Riigikantselei, lk 6
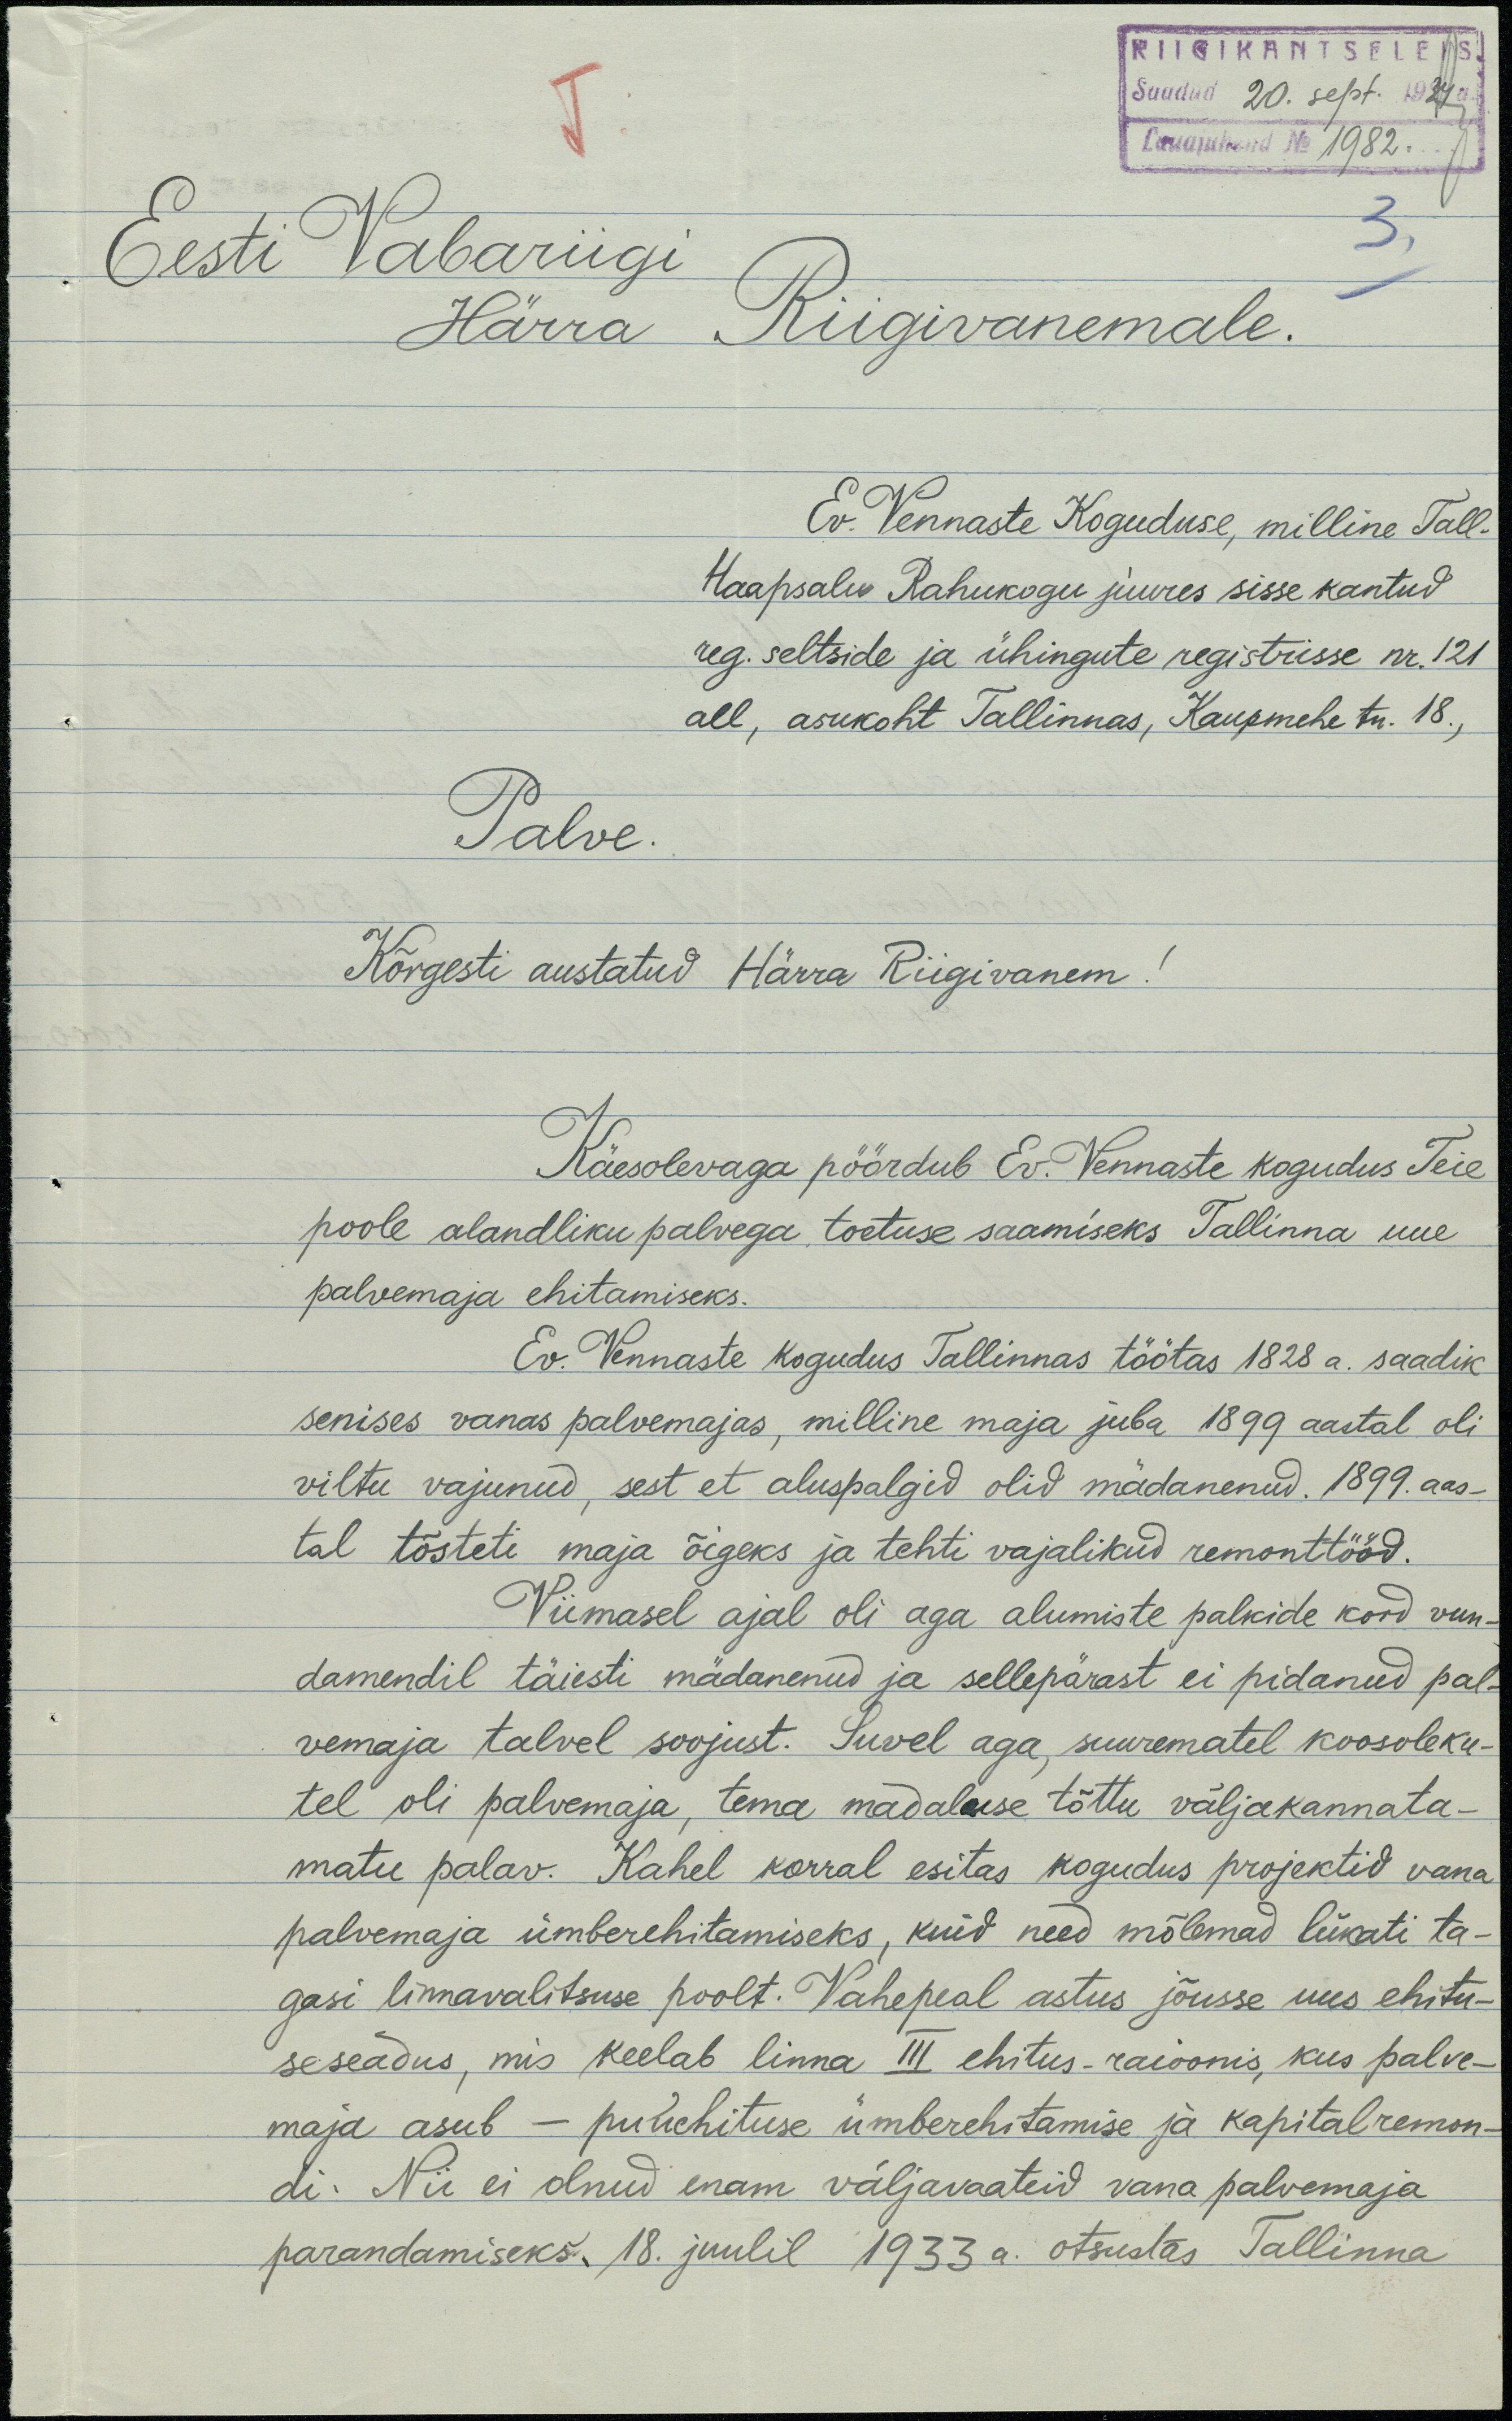
RIIGIKANTSELEIS
Saadud 20. sept. 1934a.
Lauajuhend No 2982
Eesti Vabariigi
Härra Riigivanemale.
Ev. Vennaste Koguduse, milline Tall-
Haapsalu Rahukogu juures sisse kantud
reg. seltside ja ühingute registrisse nr.121
all, asukoht Tallinnas, Kaupmehe tn. 18.,
Palve
Kõrgesti austatud Härra Riigivanem!
Käesolevaga pöördub Ev. Vennaste kogudus Teie
poole alandliku palvega toetuse saamiseks Tallinna uue
palvemaja ehitamiseks.
Ev. Vennaste kogudus Tallinnas töötas 1828 a. saadik
senises vanas palvemajas, milline maja juba 1899 aastal oli
viltu vajunud, sest et aluspalgid olid mädanenud. 1899. aas-
tal tõsteti maja õigeks ja tehti vajalikud remonttööd.
Viimasel ajal oli aga alumiste palkide kord vun-
damendil täiesti mädanenud ja sellepärast ei pidanud pal-
vemaja talvel soojust. Suvel aga, suurematel koosoleku-
tel oli palvemaja, tema madaluse tõttu väljakannata-
matu palav. Kahel korral esitas kogudus projektid vana
palvemaja ümberehitamiseks, kuid need mõlemad lükati ta-
gasi linnavalitsuse poolt. Vahepeal astus jõusse uus ehitu-
seseadus, mis keelab linna III ehitus-raioonis, kus palve-
maja asub - puuehituse ümberehitamise ja kapitalremon-
di. Nii ei olnud enam väljavaateid vana palvemaja
parandamiseks. 18. juulil 1933 a. otsustas Tallinna